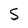
Character: 5